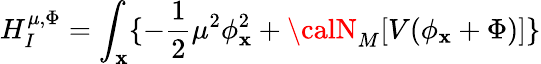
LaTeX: H_{I}^{\mu,\Phi}=\int_{\mathbf{x}}\{ -{\frac{{1}}{{2}}}\mu^{2}\phi_{\mathbf{x}}^{2}+{\calN}_{M}[V(\phi_{\mathbf{x}}+\Phi)]\}